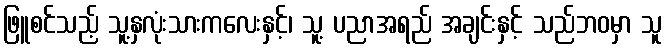
ဖြူစင်သည့် သူ့နှလုံးသားကလေးနှင့်၊ သူ့ ပညာအရည် အချင်းနှင့် သည်ဘဝမှာ သူ